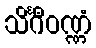
သိင်္ဂီဝဏ္ဏံ